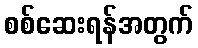
စစ်ဆေးရန်အတွက်